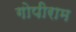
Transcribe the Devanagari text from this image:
गोपीराम